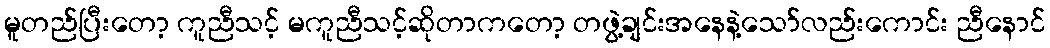
မူတည်ပြီးတော့ ကူညီသင့် မကူညီသင့်ဆိုတာကတော့ တဖွဲ့ချင်းအနေနဲ့သော်လည်းကောင်း ညီနောင်